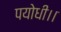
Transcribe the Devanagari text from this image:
पयोधी।।